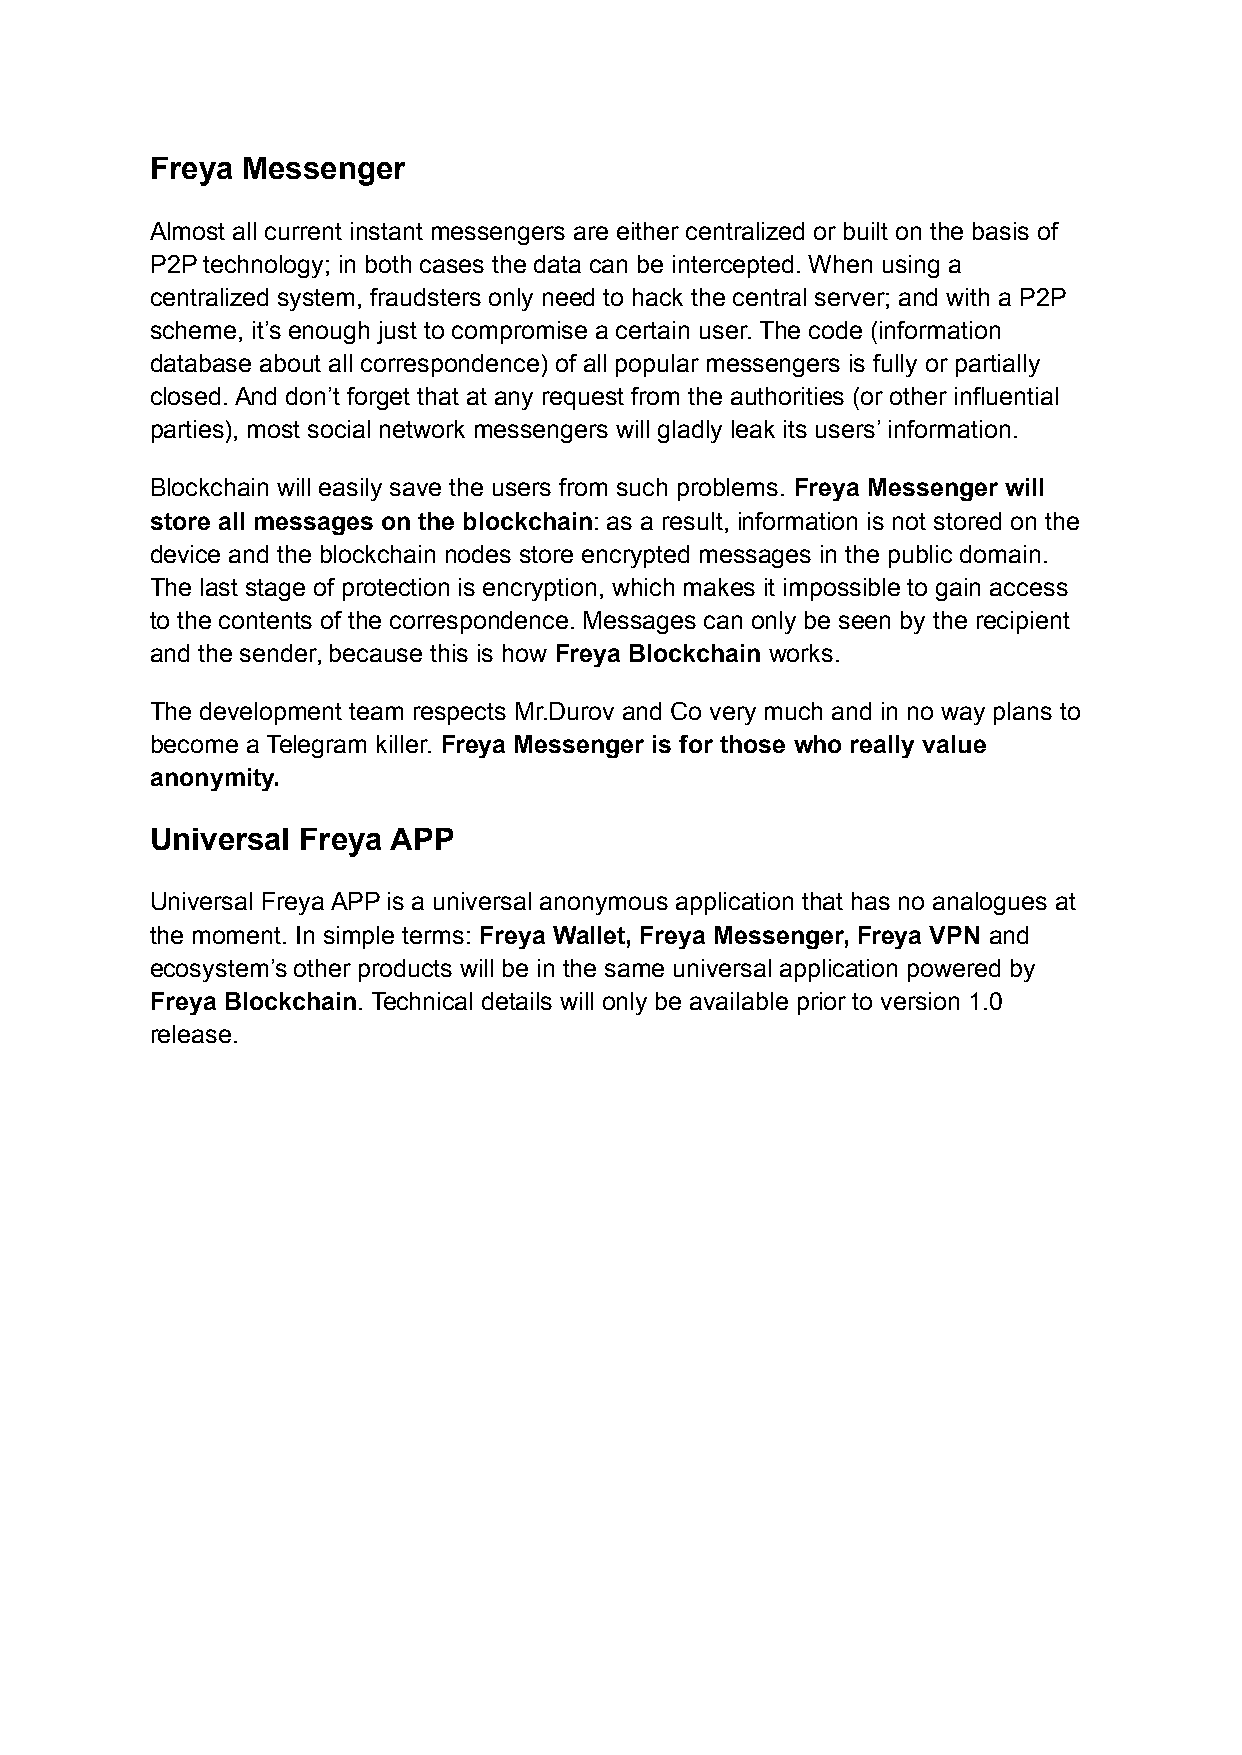
Freya Messenger
 Almost all current instant messengers are either centralized or built on the basis of
 P2P technology; in both cases the data can be intercepted. When using a
 centralized system, fraudsters only need to hack the central server; and with a P2P
 scheme, it’s enough just to compromise a certain user. The code (information
 database about all correspondence) of all popular messengers is fully or partially
 closed. And don’t forget that at any request from the authorities (or other influential
 parties), most social network messengers will gladly leak its users’ information.
 Blockchain will easily save the users from such problems. Freya Messenger will
 store all messages on the blockchain: as a result, information is not stored on the
 device and the blockchain nodes store encrypted messages in the public domain.
 The last stage of protection is encryption, which makes it impossible to gain access
 to the contents of the correspondence. Messages can only be seen by the recipient
 and the sender, because this is how Freya Blockchain works.
 The development team respects Mr.Durov and Co very much and in no way plans to
 become a Telegram killer. Freya Messenger is for those who really value
 anonymity.
 Universal Freya APP
 Universal Freya APP is a universal anonymous application that has no analogues at
 the moment. In simple terms: Freya Wallet, Freya Messenger, Freya VPN and
 ecosystem’s other products will be in the same universal application powered by
 Freya Blockchain. Technical details will only be available prior to version 1.0
 release.